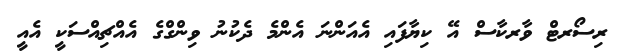
ރިސޯރޓް ވާރކާސް އޭ ކިޔާފައި އެއަންނަ އެންމެ ދެކުނު ވިންގްގެ އެއްޗިއްސަކީ އެއީ